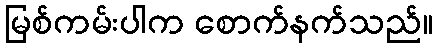
မြစ်ကမ်းပါက စောက်နက်သည်။